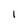
Character: l